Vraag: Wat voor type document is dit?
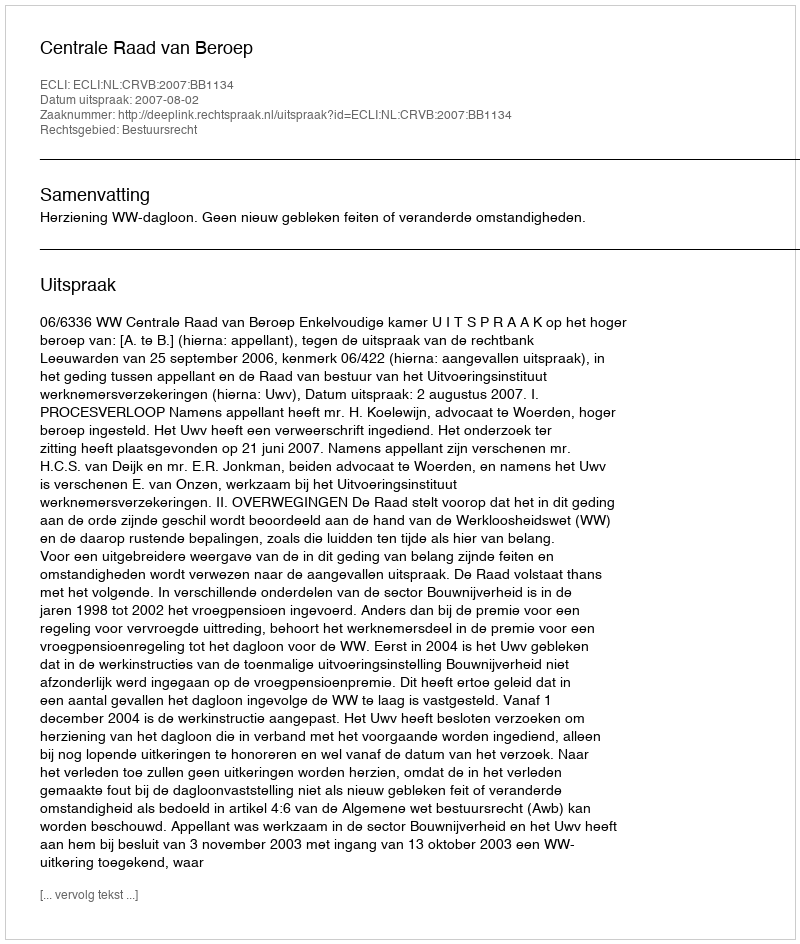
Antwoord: Uitspraak